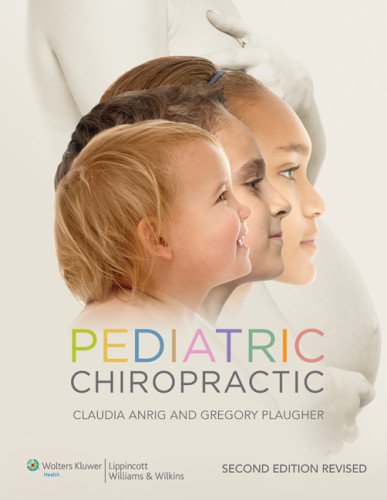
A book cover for Pediatric Chiropractic; Claudia A. Anrig DC; Medical Books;